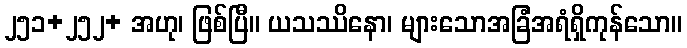
၂၅၁+၂၅၂+ အဟု၊ ဖြစ်ပြီ။ ယသဿိနော၊ များသောအခြံအရံရှိကုန်သော။